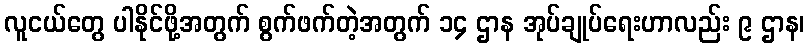
လူငယ်တွေ ပါနိုင်ဖို့အတွက် စွက်ဖက်တဲ့အတွက် ၁၄ ဌာန အုပ်ချုပ်ရေးဟာလည်း ၉ ဌာန၊